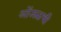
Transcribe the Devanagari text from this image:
ओंजळची